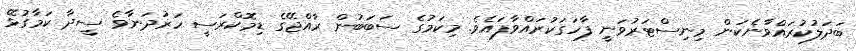
ބަދަލުކުރައްވާނެކަން މިނިސްޓަރުވަނީ ފާހަގަކުރައްވާފައެވެ. މިކަމުގެ ސަބަބުން ރާއްޖޭގެ ޑިމޮކްރަސީ ހަރުދަނާވެ ސީދާ ކަމާގުޅޭ